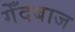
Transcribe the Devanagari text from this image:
गेँदबाज